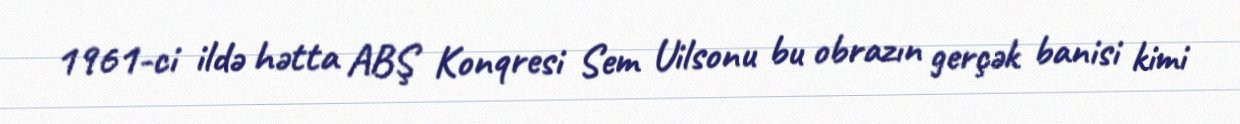
1961-ci ildə hətta ABŞ Konqresi Sem Uilsonu bu obrazın gerçək banisi kimi